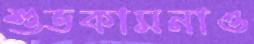
শুভকামনাও